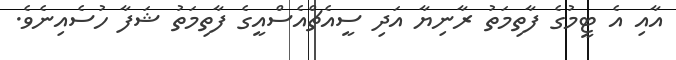
އާއި އެ ޓީމުގެ ފާތިމަތު ރާނިޔާ އަދި ސީއެޗްއެސްއީގެ ފާތިމަތު ޝަފާ ހުސެއިނެވެ.